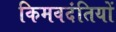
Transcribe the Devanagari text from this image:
किमवदंतियों